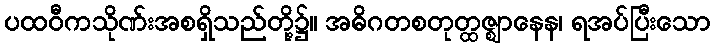
ပထဝီကသိုဏ်းအစရှိသည်တို့၌။ အဓိဂတစတုတ္ထဇ္ဈာနေန၊ ရအပ်ပြီးသော